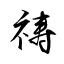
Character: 祷